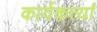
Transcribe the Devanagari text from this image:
कार्यकर्त्यां